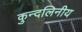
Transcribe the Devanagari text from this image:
कुन्दलिनीय